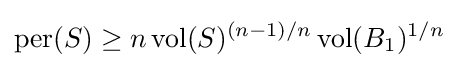
\operatorname {per} (S)\geq n\operatorname {vol} (S)^{(n-1)/n}\operatorname {vol} (B_{1})^{1/n}